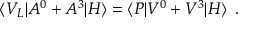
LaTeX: \langle V _ { L } | A ^ { 0 } + A ^ { 3 } | H \rangle = \langle P | V ^ { 0 } + V ^ { 3 } | H \rangle \, \, \, .